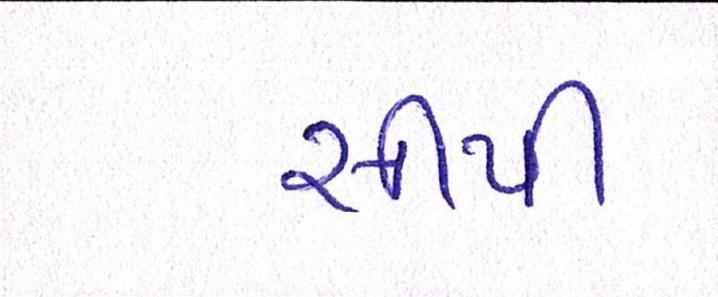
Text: સીપી